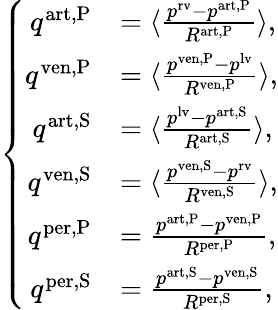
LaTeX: \left\{ \begin{array}{rl}{q^{\mathrm{art,P}}}&{=\langle\frac{p^{\mathrm{rv}}-p^{\mathrm{art,P}}}{R^{\mathrm{art,P}}}\rangle,}\\ {q^{\mathrm{ven,P}}}&{=\langle\frac{p^{\mathrm{ven,P}}-p^{\mathrm{lv}}}{R^{\mathrm{ven,P}}}\rangle,}\\ {q^{\mathrm{art,S}}}&{=\langle\frac{p^{\mathrm{lv}}-p^{\mathrm{art,S}}}{R^{\mathrm{art,S}}}\rangle,}\\ {q^{\mathrm{ven,S}}}&{=\langle\frac{p^{\mathrm{ven,S}}-p^{\mathrm{rv}}}{R^{\mathrm{ven,S}}}\rangle,}\\ {q^{\mathrm{per,P}}}&{=\frac{p^{\mathrm{art,P}}-p^{\mathrm{ven,P}}}{R^{\mathrm{per,P}}},}\\ {q^{\mathrm{per,S}}}&{=\frac{p^{\mathrm{art,S}}-p^{\mathrm{ven,S}}}{R^{\mathrm{per,S}}},}\end{array}\right.